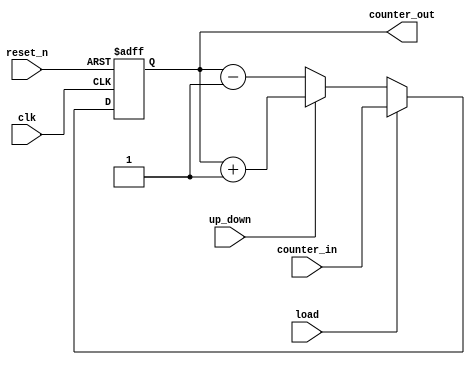
`timescale 1us/1ns 
module up_down_counter
  #(parameter CNT_WIDTH =3)
  (input clk,
  input reset_n,
  input load, 
  input [CNT_WIDTH -1:0] counter_in,
   input up_down, // 1-up, 0-down
   output reg [CNT_WIDTH -1:0] counter_out
  );
  
  always @(posedge clk or negedge reset_n) begin
    if (!reset_n)
      counter_out <= 0;
    else if(load )
      counter_out <= counter_in;
    else begin 
      if(up_down == 1'b1)
        counter_out= counter_out+1'b1;
      else 
        counter_out=counter_out-1'b1;
    end
  end
endmodule